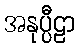
အနုပ္ပီဠာ